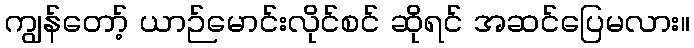
ကျွန်တော့် ယာဉ်မောင်းလိုင်စင် ဆိုရင် အဆင်ပြေမလား။